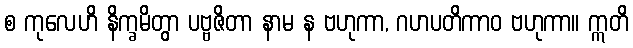
စ ကုလေဟိ နိက္ခမိတွာ ပဗ္ဗဇိတာ နာမ န ဗဟုကာ, ဂဟပတိကာဝ ဗဟုကာ။ ဣတိ